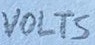
Text: VOLTS